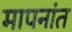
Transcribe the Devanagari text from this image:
मापनांत